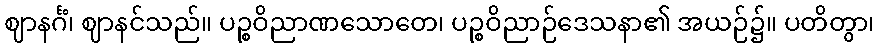
ဈာနင်္ဂံ၊ ဈာနင်သည်။ ပဉ္စဝိညာဏသောတေ၊ ပဉ္စဝိညာဉ်ဒေသနာ၏ အယဉ်၌။ ပတိတွာ၊